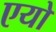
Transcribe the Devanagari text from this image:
एयो